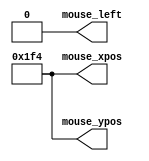
`timescale 1ns / 1ps
//////////////////////////////////////////////////////////////////////////////////
// Company: 
// Engineer: 
// 
// Design Name: 
// Module Name: draw_rect_ctl_tb
// Project Name: 
// Target Devices: 
// Tool Versions: 
// Description: 
// 
// Dependencies: 
// 
// Revision:
// Revision 0.01 - File Created
// Additional Comments:
// 
//////////////////////////////////////////////////////////////////////////////////


module draw_rect_ctl_tb(
    output reg mouse_left,
    output reg [11:0] mouse_xpos,
    output reg [11:0] mouse_ypos
    );
    
   initial
   begin
    mouse_xpos = 0;
    mouse_ypos = 0;
    mouse_left = 0;
    #100;
    mouse_xpos = 500;
    mouse_ypos = 500;
    #200;
    mouse_left = 1;
    #10;
    mouse_left = 0;
   end
   
endmodule